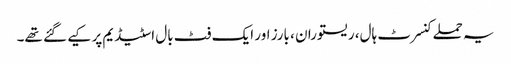
یہ حملے کنسرٹ ہال، ریستوران ، بارز اور ایک فٹ بال اسٹیڈیم پر کیے گئے تھے۔